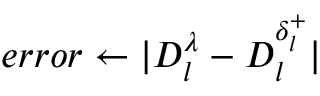
e r r o r \gets | D _ { l } ^ { \lambda } - D _ { l } ^ { \delta _ { l } ^ { + } } |